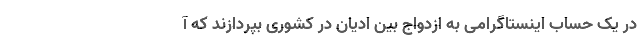
در یک حساب اینستاگرامی به ازدواج بین ادیان در کشوری بپردازند که آ